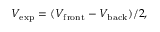
V _ { \mathrm { { e x p } } } = ( V _ { \mathrm { { f r o n t } } } - V _ { \mathrm { { b a c k } } } ) / 2 ,